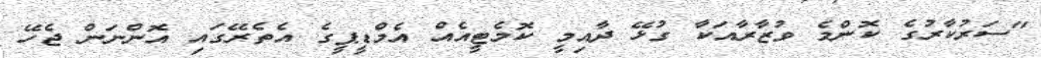
"ސަރުކާރުގެ ކޮންމެ ވުޒާރާއަކާ ގުޅޭ ދާއިމީ ކޮމެޓީއެއް އެމްޑީޕީގެ އެތެރޭގައި އޮންނަން ޖެހޭ